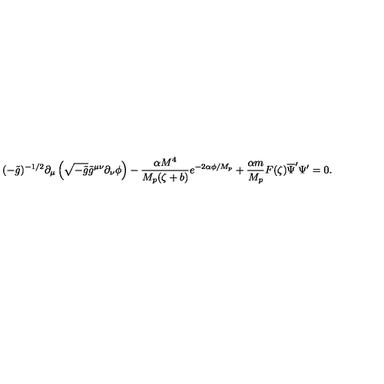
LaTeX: ( - \tilde { g } ) ^ { - 1 / 2 } \partial _ { \mu } \left( \sqrt { - \tilde { g } } \tilde { g } ^ { \mu \nu } \partial _ { \nu } \phi \right) - \frac { \alpha M ^ { 4 } } { M _ { p } ( \zeta + b ) } e ^ { - 2 \alpha \phi / M _ { p } } + \frac { \alpha m } { M _ { p } } F ( \zeta ) \overline { { \Psi } } ^ { \prime } \Psi ^ { \prime } = 0 .